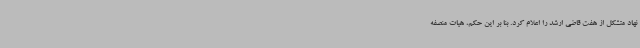
نهاد متشکل از هفت قاضی ارشد را اعلام کرد. بنا بر این حکم، هیات منصفه